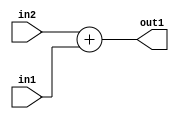
`timescale 1ps / 1ps
/*****************************************************************************
    Verilog RTL Description
    
    
    Created by: Stratus DpOpt 2019.1.01 
*******************************************************************************/

module SobelFilter_Add_18Ux17U_19U_4 (
	in2,
	in1,
	out1
	); /* architecture "behavioural" */ 
input [17:0] in2;
input [16:0] in1;
output [18:0] out1;
wire [18:0] asc001;

assign asc001 = 
	+(in2)
	+(in1);

assign out1 = asc001;
endmodule

/* CADENCE  ubH2Swk= : u9/ySgnWtBlWxVPRXgAZ4Og= ** DO NOT EDIT THIS LINE ******/